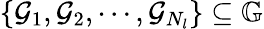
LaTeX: \{ {\mathcal{G}}_{1},{\mathcal{G}}_{2},\cdots,{\mathcal{G}}_{N_{l}}\} \subseteq{\mathbb{G}}